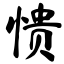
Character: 愦